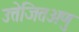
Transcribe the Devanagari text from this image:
उत्तेजितअणु